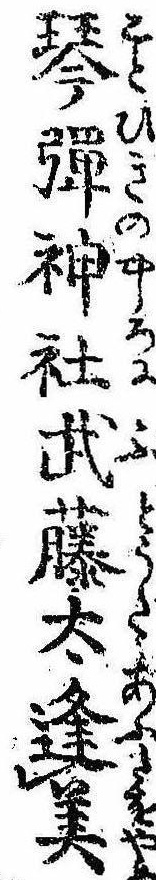
琴弾神社武藤太逢美